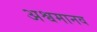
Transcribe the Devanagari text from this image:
अश्वमानव